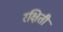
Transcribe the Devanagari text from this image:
रक्षिती